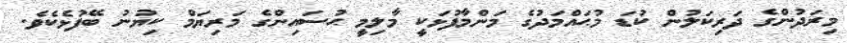
މިރަދުންގެ ދަރިކަލުން ކުޑަ މުޙައްމަދުގެ މަންމާފުޅަކީ މާލިމީ ޙުސައިންގެ މަރިޔަމް ކިޔުނު ބޭފުޅެކެވެ.